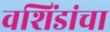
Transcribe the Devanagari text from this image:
वशिंडांचा